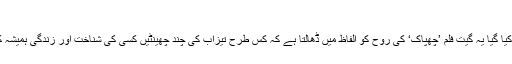
چھپاک سے پہچان لے گيا‘
اریجیت سنگھ کی آواز میں ادا کیا گیا یہ گیت فلم ’چھپاک‘ کی روح کو الفاظ میں ڈھالتا ہے کہ کس طرح تیزاب کی چند چھینٹیں کسی کی شناخت اور زندگی ہمیشہ کے لیے بدل کر رکھ دیتی ہیں۔